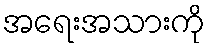
အရေးအသားကို